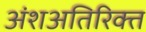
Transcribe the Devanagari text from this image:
अंशअतिरिक्त